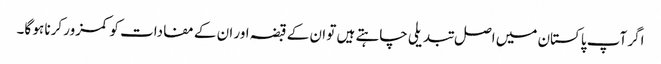
اگر آپ پاکستان میں اصل تبدیلی چاہتے ہیں تو ان کے قبضہ اور ان کے مفادات کو کمزور کرنا ہو گا۔